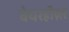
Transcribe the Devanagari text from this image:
वेयरहौज़र